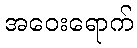
အဝေးရောက်